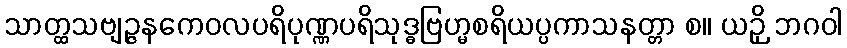
သာတ္ထသဗျဉ္ဇနကေဝလပရိပုဏ္ဏပရိသုဒ္ဓဗြဟ္မစရိယပ္ပကာသနတ္တာ စ။ ယဉှိ ဘဂဝါ